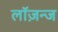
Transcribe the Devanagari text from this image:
लॉज़न्ज